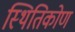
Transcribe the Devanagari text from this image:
स्थितिकोण